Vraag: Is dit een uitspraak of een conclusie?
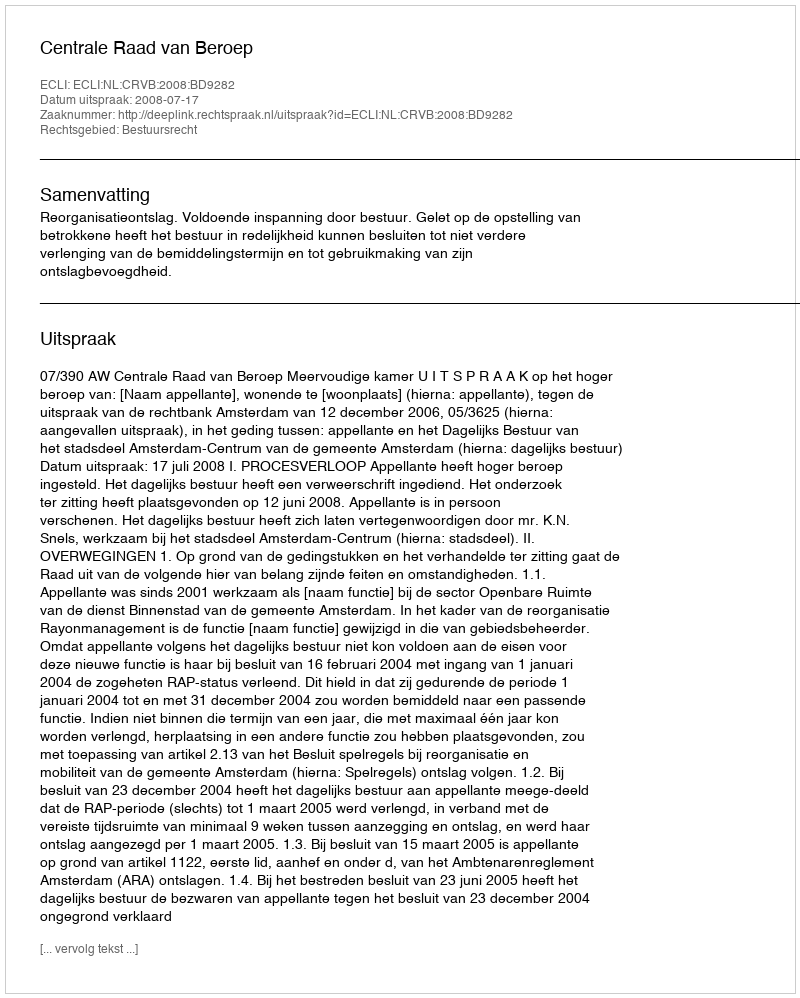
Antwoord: Uitspraak